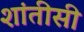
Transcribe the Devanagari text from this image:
शांतीसी